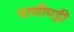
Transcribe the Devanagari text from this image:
पाणीपट्टी